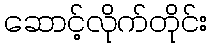
ဆောင့်လိုက်တိုင်း